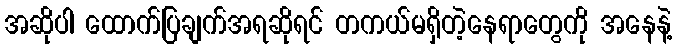
အဆိုပါ ထောက်ပြချက်အရဆိုရင် တကယ်မရှိတဲ့နေရာတွေကို အနေနဲ့